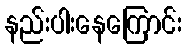
နည်းပါးနေကြောင်း